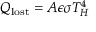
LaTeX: Q _ { \mathrm { l o s t } } = A \epsilon \sigma T _ { H } ^ { 4 }